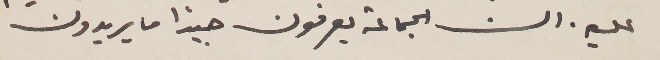
عليه. ان الجماعة يعرفون جيداً ما يريدون